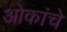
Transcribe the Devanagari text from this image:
ओकांचे